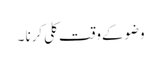
وضوکےوقت کلی کرنا ۔